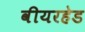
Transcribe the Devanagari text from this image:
वीयरहेड